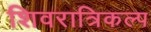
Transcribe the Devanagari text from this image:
शिवरात्रिकल्प